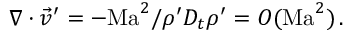
\begin{array} { r } { \nabla \cdot \vec { v } ^ { \prime } = - \mathrm { M a } ^ { 2 } / \rho ^ { \prime } D _ { t } \rho ^ { \prime } = O ( \mathrm { M a } ^ { 2 } ) \, . } \end{array}